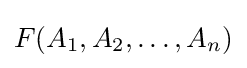
F(A_{1},A_{2},\ldots ,A_{n})